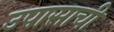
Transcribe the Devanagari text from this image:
उपासाची